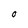
Character: o